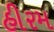
હીરમ